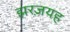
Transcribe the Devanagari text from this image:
झरज़यह